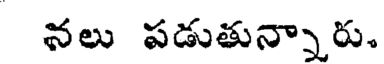
నలు పడుతున్నారు.